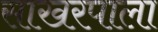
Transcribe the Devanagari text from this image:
साखरपाला